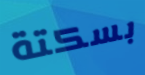
بسكتة